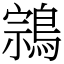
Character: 鶎